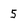
Character: 5